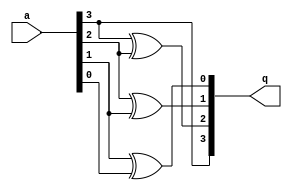
module graytobin (q,a);
  input [0:3]a;
  output [0:3] q;
  assign q[0]= a[0];
  assign q[1]= (a[0] ^ a[1]);
  assign q[2]= (a[1] ^ a[2]);
  assign q[3]= (a[2] ^ a[3]);
endmodule